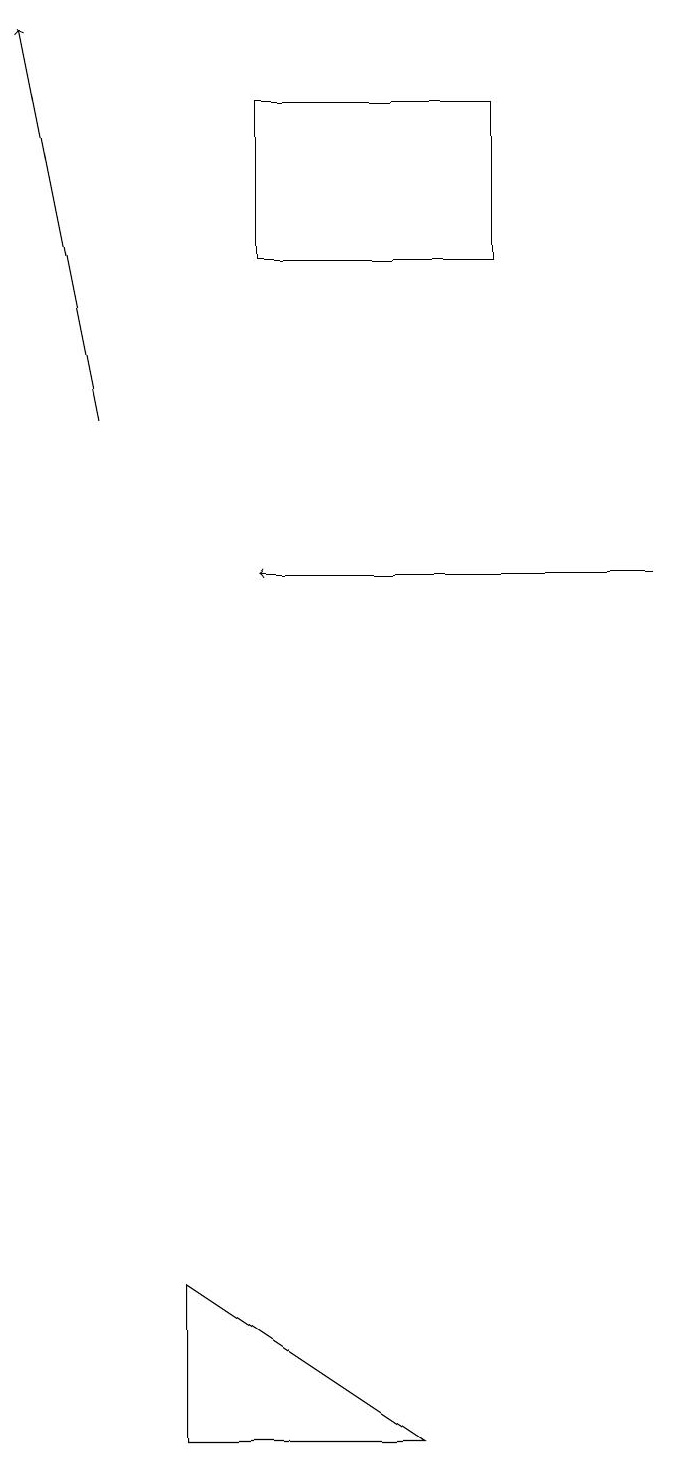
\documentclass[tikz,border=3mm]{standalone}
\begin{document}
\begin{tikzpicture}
\draw[->] (9,12) -- (4,12);
\draw (7,18) rectangle (4,16);
\draw (6,1) -- (3,1) -- (3,3) -- cycle;
\draw[->] (2,14) -- (1,19);
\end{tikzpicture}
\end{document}